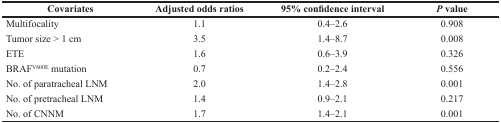
| Covariates | Adjusted odds ratios | 95% confidence interval | P value |
 | --- | --- | --- | --- |
 | Multifocality | 1.1 | 0.4–2.6 | 0.908 |
 | Tumor size > 1 cm | 3.5 | 1.4–8.7 | 0.008 |
 | ETE | 1.6 | 0.6–3.9 | 0.326 |
 | BRAFV600E mutation | 0.7 | 0.2–2.4 | 0.556 |
 | No. of paratracheal LNM | 2.0 | 1.4–2.8 | 0.001 |
 | No. of pretracheal LNM | 1.4 | 0.9–2.1 | 0.217 |
 | No. of CNNM | 1.7 | 1.4–2.1 | 0.001 |